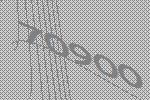
70900